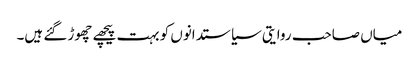
میاں صاحب روایتی سیاستدانوں کو بہت پیچھے چھوڑ گئے ہیں۔